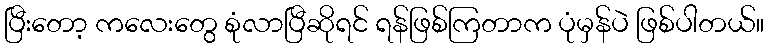
ပြီးတော့ ကလေးတွေ စုံလာပြီဆိုရင် ရန်ဖြစ်ကြတာက ပုံမှန်ပဲ ဖြစ်ပါတယ်။